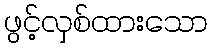
ဖွင့်လှစ်ထားသော